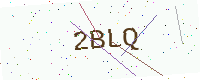
Text: 2BLQ